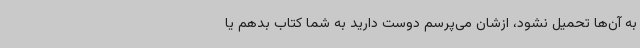
به آن‌ها تحمیل نشود، ازشان می‌پرسم دوست دارید به شما کتاب‌ بدهم یا